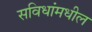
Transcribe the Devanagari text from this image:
सविधांमधील